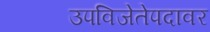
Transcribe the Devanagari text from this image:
उपविजेतेपदावर